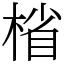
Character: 㮐